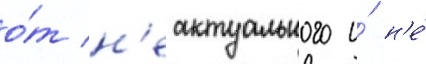
о́т н'еактуального и́ н'е́